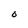
Character: 0